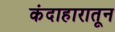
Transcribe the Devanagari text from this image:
कंदाहारातून